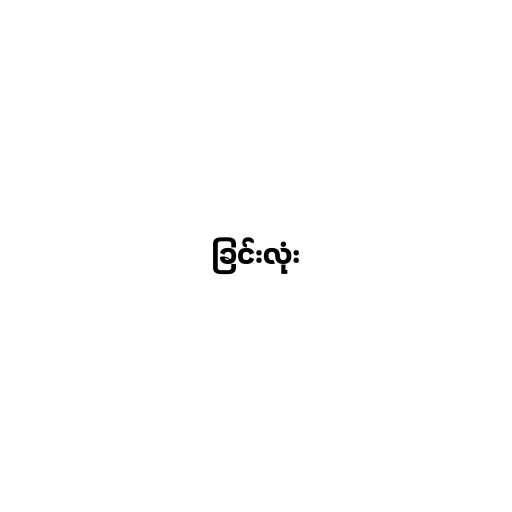
ခြင်းလုံး